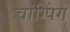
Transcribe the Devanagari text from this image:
चांग्पिंग